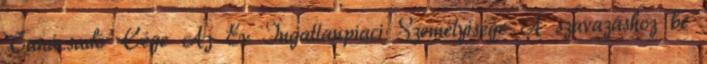
Tanácsadó Cége Az Év Ingatlanpiaci Személyisége A szavazáshoz be